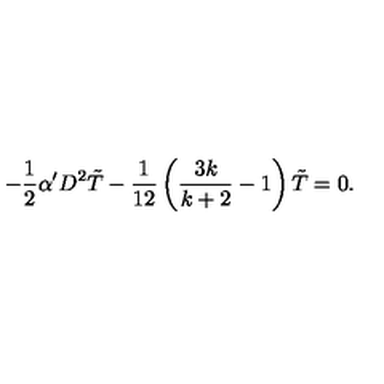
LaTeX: - \frac { 1 } { 2 } \alpha ^ { \prime } D ^ { 2 } \tilde { T } - \frac { 1 } { 1 2 } \left( \frac { 3 k } { k + 2 } - 1 \right) \tilde { T } = 0 .